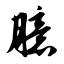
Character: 臆